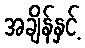
အချိန်နှင့်